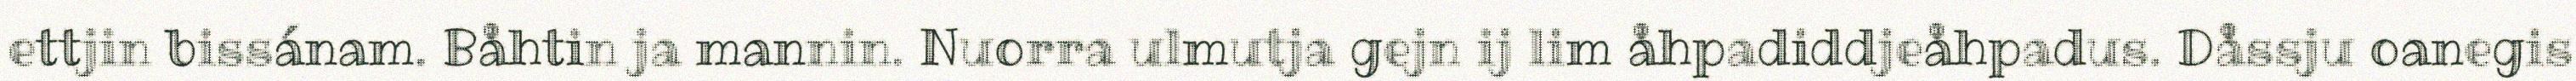
ettjin bissánam. Båhtin ja mannin. Nuorra ulmutja gejn ij lim åhpadiddjeåhpadus. Dåssju oanegis